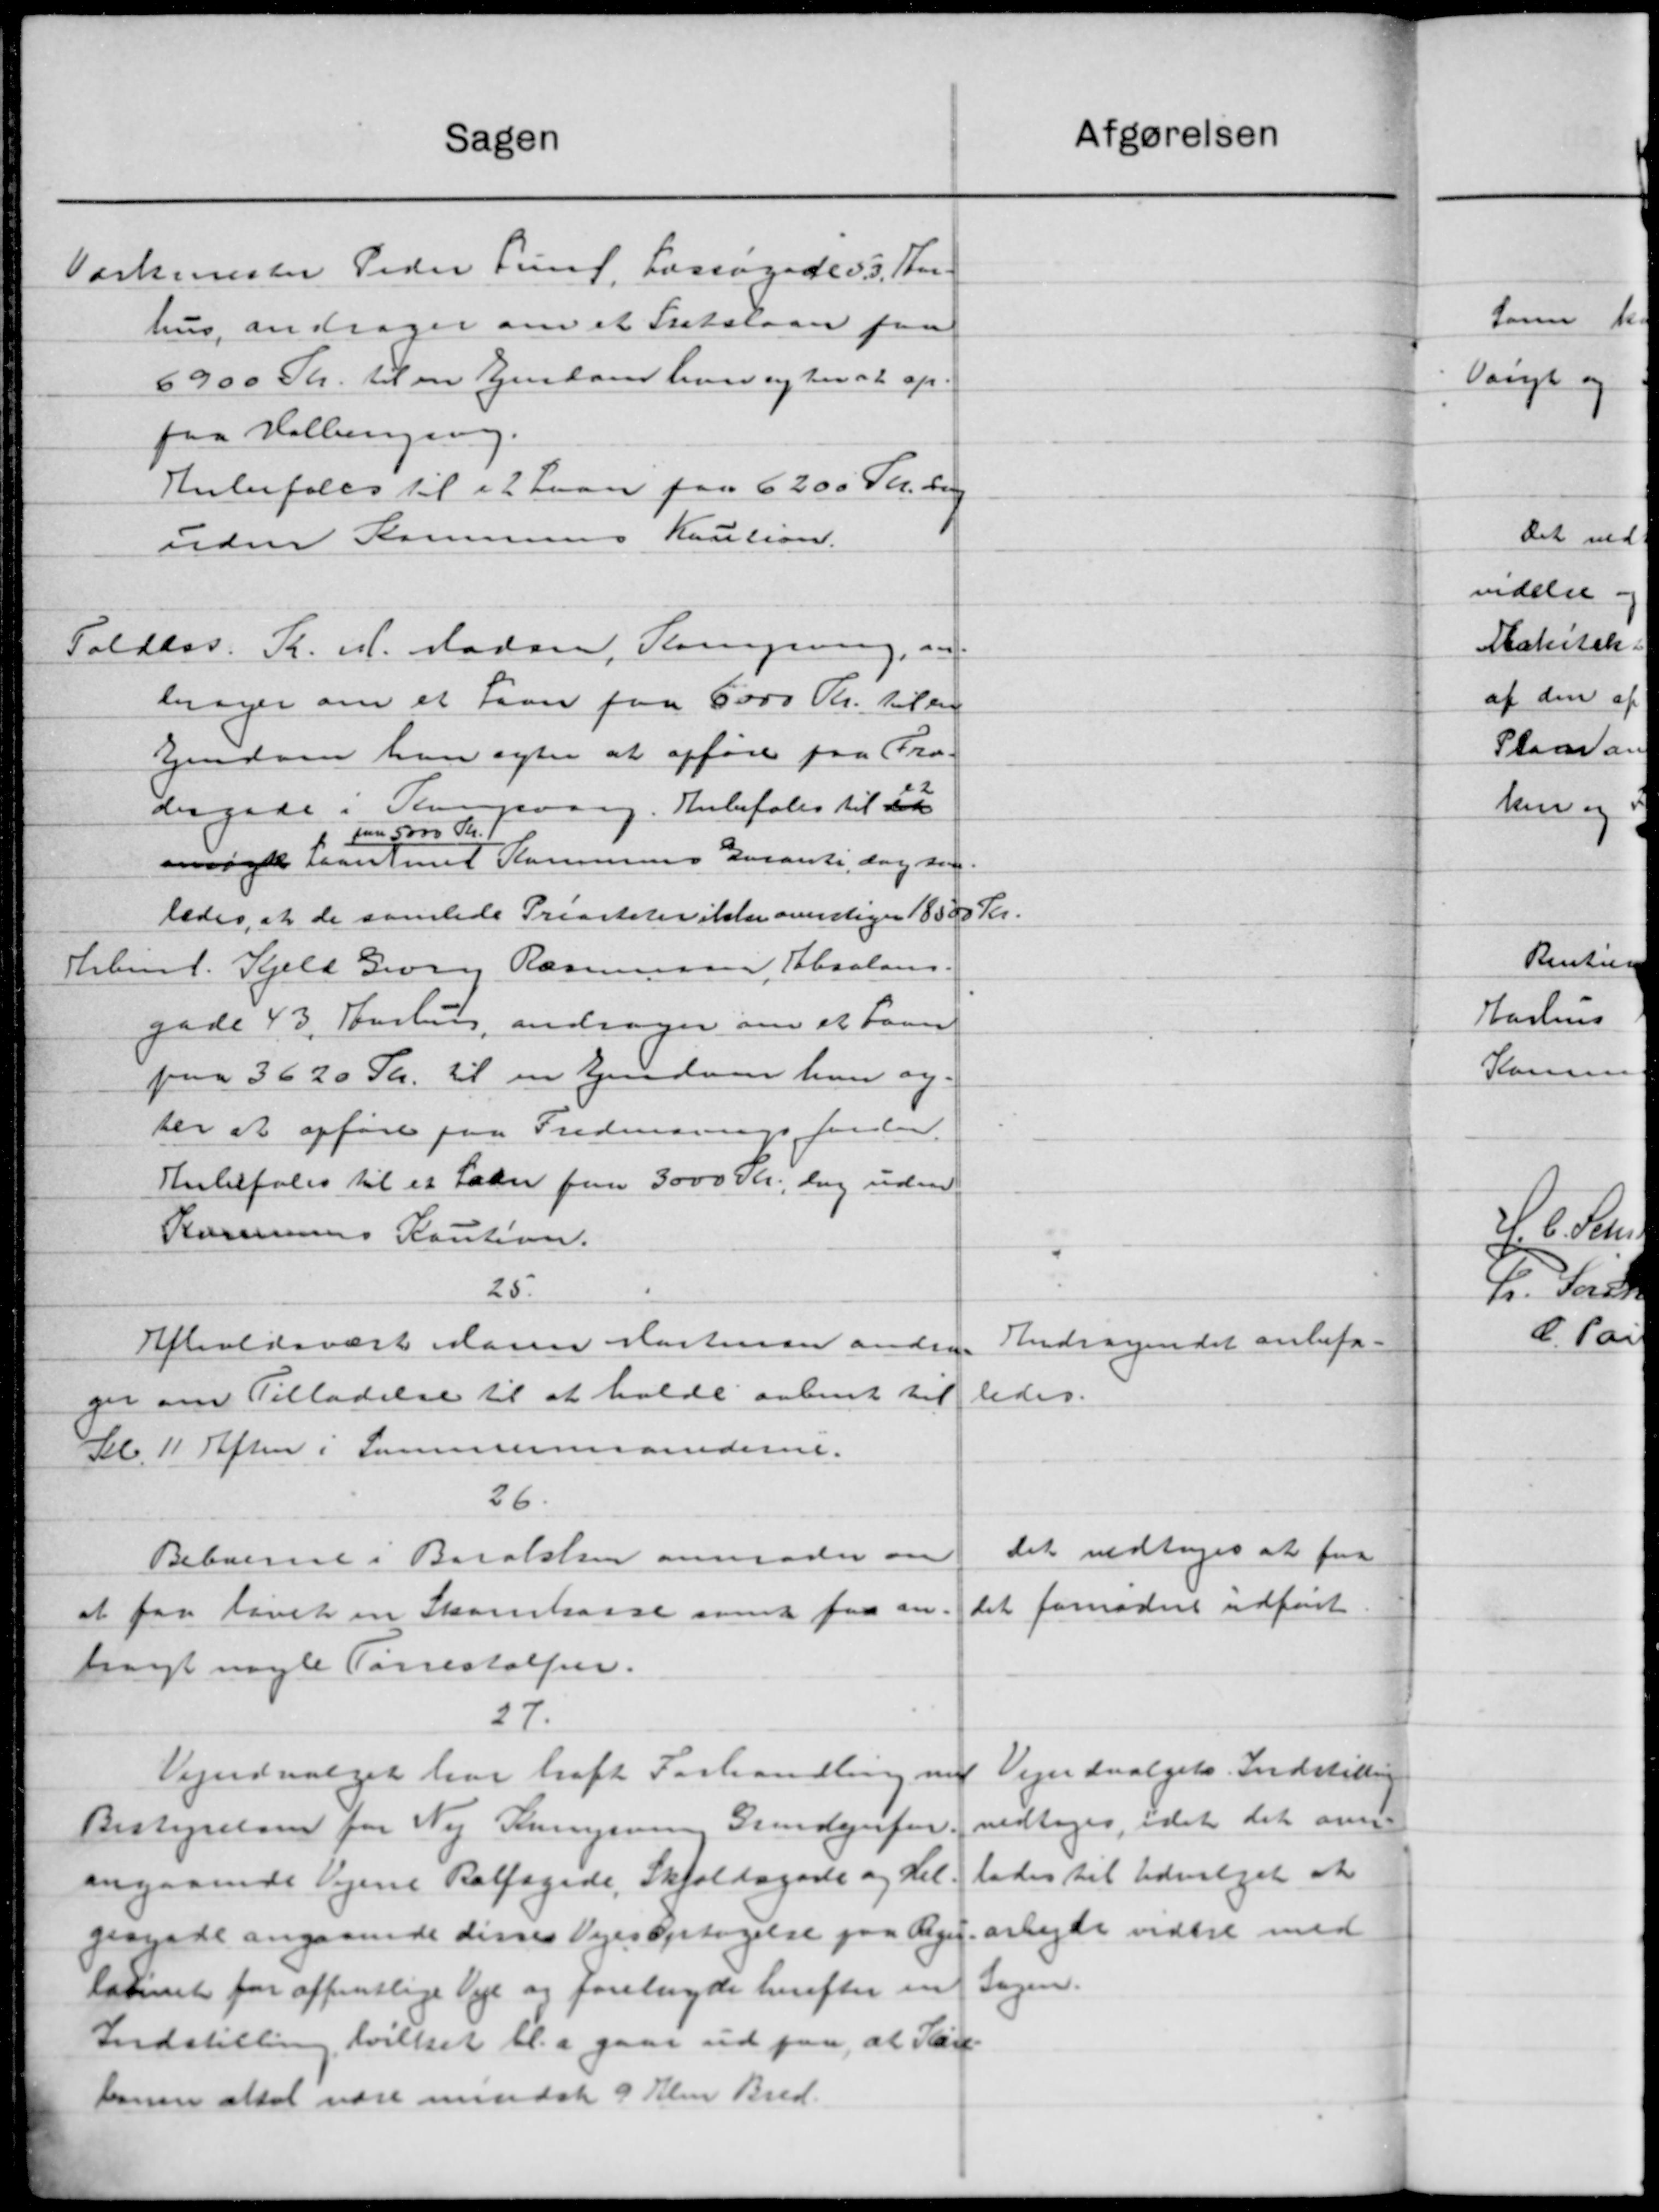
Transskription:
afgørelsen
Sagen
Virkemester Peder Find, Forsøgade 3. For-
hus, andrager om et Statslaan paa
6900 Tr. til en Ejendom hver og havet op-
fra Hallinging.
Anbefales til et Laan paa 6200 Kr. de
uden Kommunes Kaution.
Toldass. K. M. Madsen, Kongering, og
tager om et Laan paa 6000 Kr. til en
Ejendom han agter at opføre paa Pro-
dergade i Terpvang. Anbefales til 22
paa 5000 Kr.
mvigte Laantet Kommunes Garanti, dog den
ledes, at de samlede Prisiteter ikke overstiger 18500 Kr.
Købmd. Kjeld Georg Rasmussen, Absalons.
gade 43, Poulin, andrager om et Laan
paa 3620 Sk. til en Ejendom hver og
ter at opføre paa Fredenrigsforelan
Hubefales til et Laan paa 3000 Kr., dog uden
Kommunens Kaution.
25.
Andragendet anbefa-
Afholdsværk varen Kartensen andrag
ledes.
ger om Tilladelse til at holde aabent til
Kl 11 Aften i Sammermanderne.
26.
Det vedtoges at faa
Beboerne i Boralsten anmoder om
det fornødne udføret
at faa lavet en Skarekasse samt faa an-
bragt nogle Tørrestalten.
27.
Vejudvalgets Indstilling
Vejudvalget har haft Forhandling med
vedtoges, idet det ans
Bestyrelsen for Ny Ruingsen Gundejerfor.
lades til Udvalget at
angaaende Vejene Balfagede, Skjoldsgade og Hel
arbejde vidtil med
gergade angaaende disses Vejes Optagelse paa Rege
larnet for offentlige Veje og forelagde herefter en Sagen.
Indstilling hvilket bl.a gaar ud paa, at San-
bonen skal være mindst 9 Klen Bred.